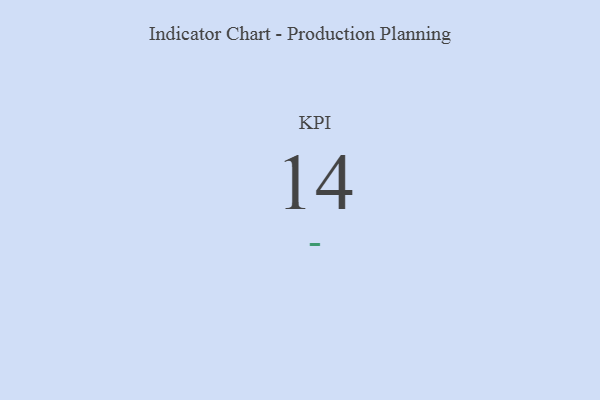
{"axis": {"x": "KPI", "y": "Value"}, "legend": [""], "data": [{"x": "KPI", "y": 14, "type": ""}]}